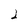
Character: 2